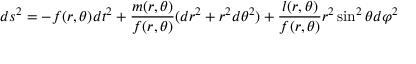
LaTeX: d s ^ { 2 } = - f ( r , \theta ) d t ^ { 2 } + \frac { m ( r , \theta ) } { f ( r , \theta ) } ( d r ^ { 2 } + r ^ { 2 } d \theta ^ { 2 } ) + \frac { l ( r , \theta ) } { f ( r , \theta ) } r ^ { 2 } \sin ^ { 2 } \theta d \varphi ^ { 2 }